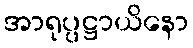
အာရုပ္ပဋ္ဌာယိနော